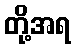
တို့အရ